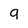
Character: 9